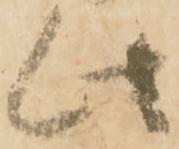
此